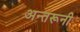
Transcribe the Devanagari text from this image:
अन्तरूनी